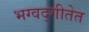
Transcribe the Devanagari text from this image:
भग्वद्गीतेत